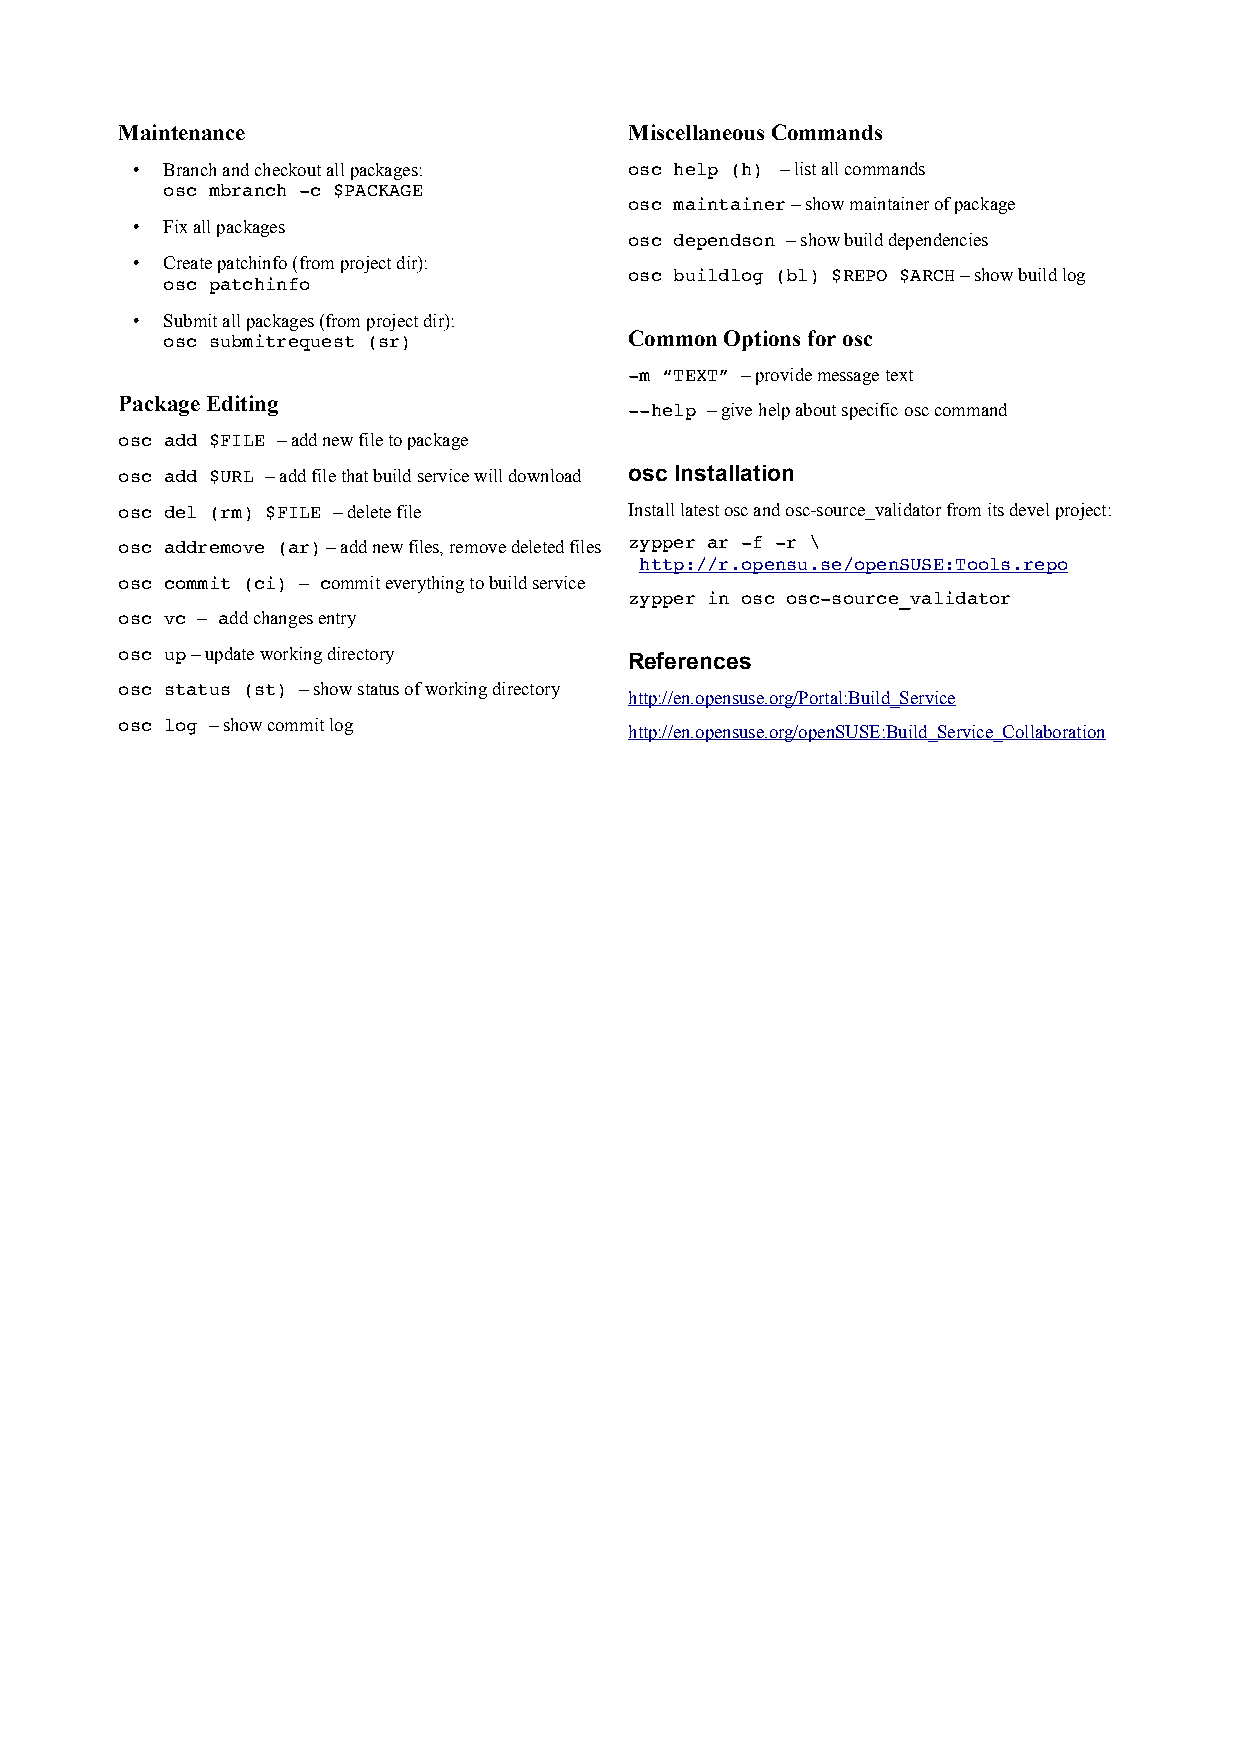
Maintenance                       Miscellaneous Commands
 • Branch and checkout all packages: osc help (h) – list all commands
 osc mbranch ­c $PACKAGE
 osc maintainer – show maintainer of package
 • Fix all packages
 osc dependson – show build dependencies
 • Create patchinfo (from project dir):
 osc buildlog (bl) $REPO $ARCH – show build log
 osc patchinfo
 • Submit all packages (from project dir):
 Common Options for osc
 osc submitrequest (sr)
 ­m “TEXT” – provide message text
 Package Editing
 ­­help – give help about specific osc command
 osc add $FILE – add new file to package
 osc add $URL – add file that build service will download osc Installation
 osc del (rm) $FILE – delete file  Install latest osc and osc-source_validator from its devel project:
 osc addremove (ar) – add new files, remove deleted files zypper ar ­f ­r \
 http://r.opensu.se/openSUSE:Tools.repo
 osc commit (ci) – commit everything to build service
 zypper in osc osc­source_validator
 osc vc – add changes entry
 osc up – update working directory References
 osc status (st) – show status of working directory
 http://en.opensuse.org/Portal:Build_Service
 osc log – show commit log         http://en.opensuse.org/openSUSE:Build_Service_Collaboration